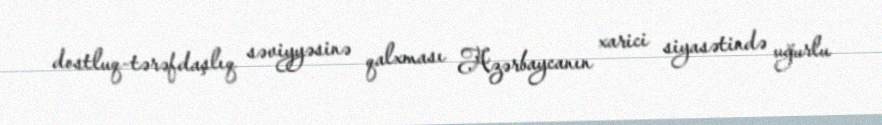
dostluq-tərəfdaşlıq səviyyəsinə qalxması Azərbaycanın xarici siyasətində uğurlu